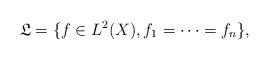
LaTeX: \begin{align*}\mathfrak{L}=\{ f \in L^2(X) , f_1=\cdots=f_n \},\end{align*}